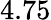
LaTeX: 4.75